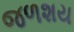
જળશય